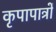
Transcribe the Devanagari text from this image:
कृपापात्रों